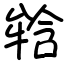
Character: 𤚥